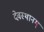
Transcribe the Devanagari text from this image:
देवस्थानम्